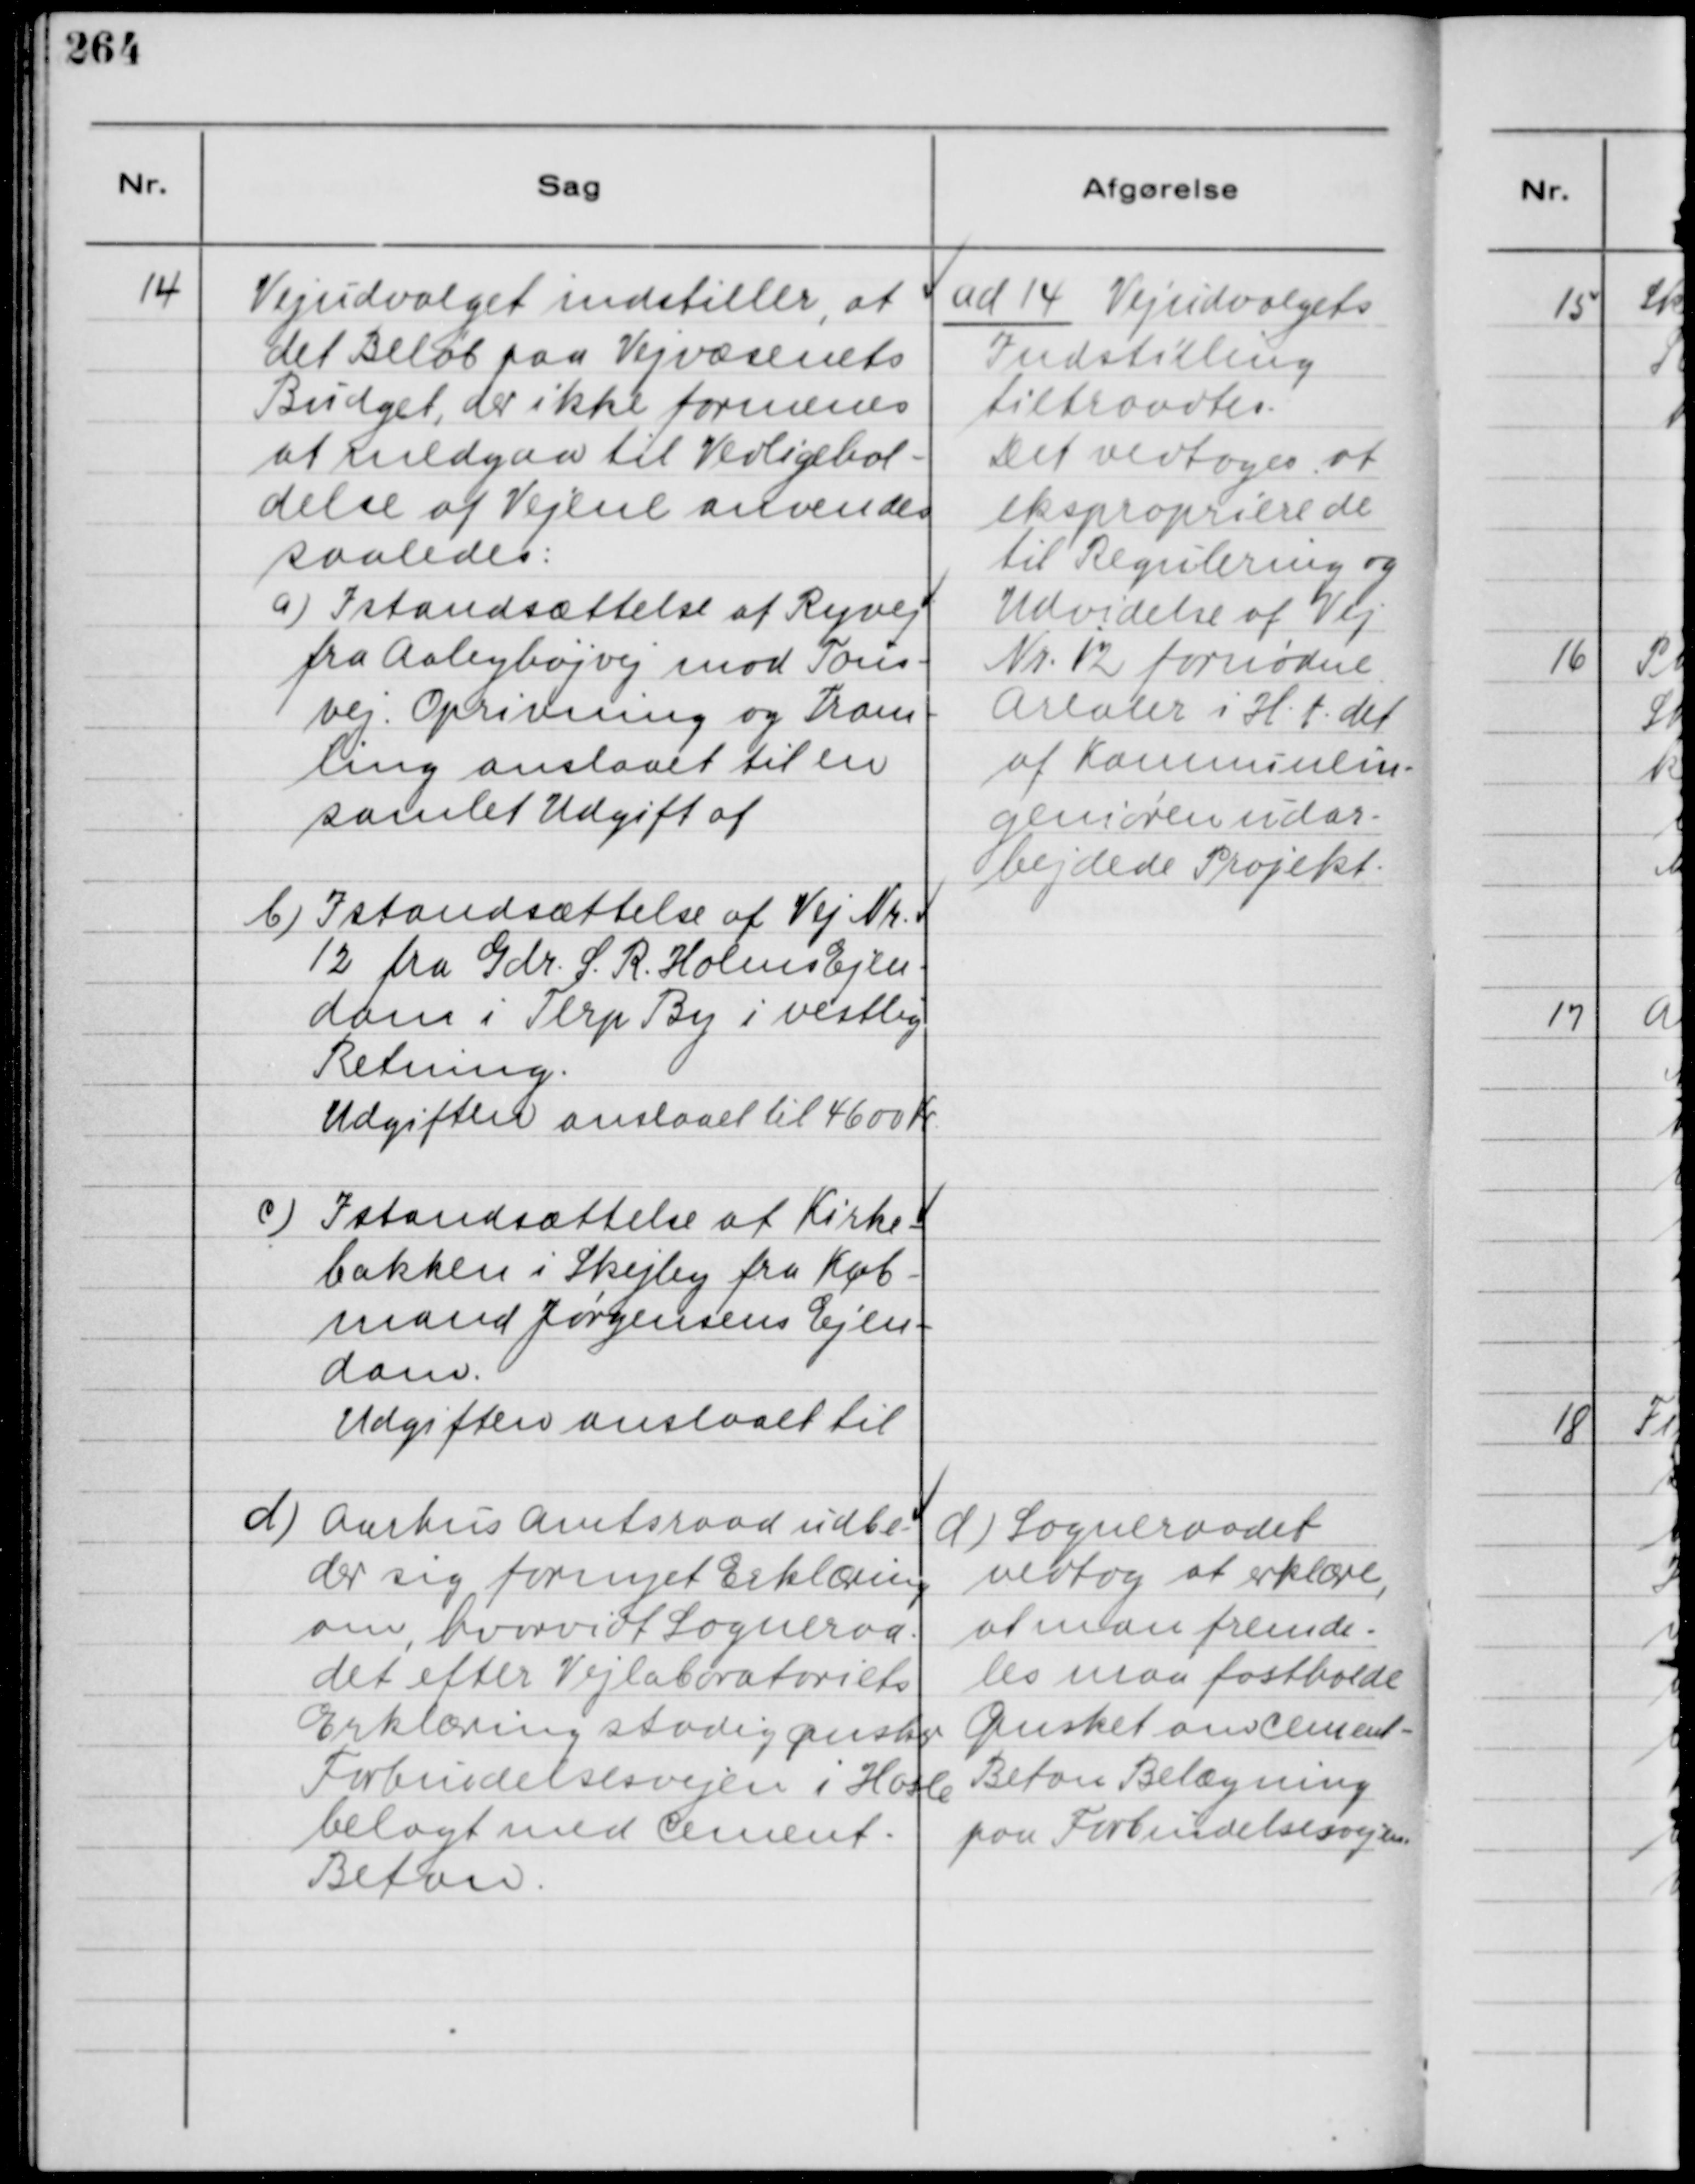
Transskription:
14
Vejudvalget indstiller, at
det Beløb paa Vejvæsenets
Budget, der ikke formenes
at medgaa til Vedlighol-
delse af Vejene anvendes
saaledes:
a) Istandsættelse af Ryvej
fra Aabyhøjvej mod Tous-
vej. Oprivning og Trom-
ling anslaaet til en
samlet Udgift af
b) Istandsættelse af Vej Nr.
12 fra Gdr. S. R. Holms Ejen-
dom i Terp By i vestlig
Retning.
Udgifter anslaaet til 4600 Kr.
c) Istandsættelse af Kirke-
bakken i Skejby fra Køb-
mand Jørgensens Ejen-
dom.
Udgifter anslaaet til

ad 14 Vejudvalgets
Indstilling.
tiltraadtes.
Det vedtoges at
ekspropriere de
til Regulering og
Udvidelse af Vej
Nr. 12 fornødne
Arealer i H. t. det
af Komnunein-
geniøren udar-
bejdede Projekt.

paa Forbindelsesvejen.
d) Aarhus Amtsraad udbe-
der sig fornyet Erklæring
om, hvorvidt Sogneraa-
det efter Vejlaboratoriets
Erklærig stadig ønsker
Forbindelsesvejen i Hasle
belagt med Cement-
Beton.

d) Sogneraadet
vedtog at erklære,
at man fremde-
les maa fastholde
Ønsket om Cement-
Beton Belægning
paa Forbindelsesvejen.